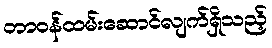
တာဝန်ထမ်းဆောင်လျက်ရှိသည့်